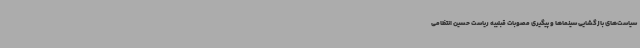
سیاست‌های بازگشایی سینماها و پیگیری مصوبات قبلیبه ریاست حسین انتظامی